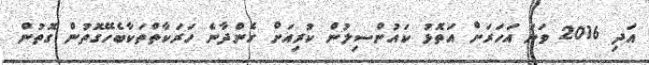
އަދި 2016 ވަނަ އަހަރަށް އަތޮޅު ކައުންސިލުން ކުރިއަށް ގެންދާނެ ހަރަކާތްތަކާބެހޭގޮތުން ގޮތުން